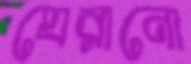
ঘেরানো